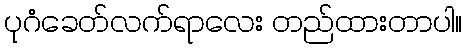
ပုဂံခေတ်လက်ရာလေး တည်ထားတာပါ။